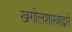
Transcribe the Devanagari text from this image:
खगोलशास्त्राद्वारे